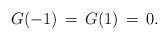
LaTeX: \begin{align*}G(-1)\,=\,G(1)\,=\,0.\end{align*}